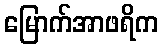
မြောက်အာဖရိက